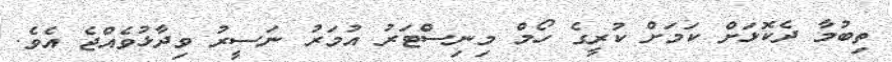
ތިބުމާ ދެކޮޅަށް ކަމަށް ކުރީގެ ހޯމް މިނިސްޓަރު އުމަރު ނަސީރު ވިދާޅުވެއްޖެ އެވެ.